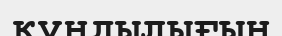
құндылығын